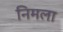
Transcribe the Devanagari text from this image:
निमला